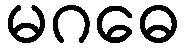
မဂဓေ